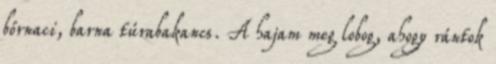
bőrnaci, barna túrabakancs. A hajam meg lobog, ahogy rántok